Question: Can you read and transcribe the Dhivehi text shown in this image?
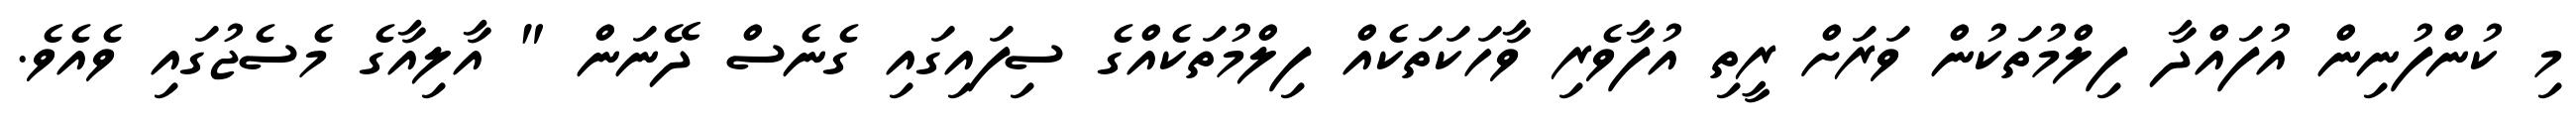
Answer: މި ކުންފުނިން އުފައްދާ ފިލްމުތަކުން ވަރަށް ރީތި އުފާވެރި ވާހަކަތަކެއް ފިލްމުތަކެއްގެ ސިފައިގައި ގެނެސް ދޭނަން " އާލިއާގެ މެސެޖުގައި ވެއެވެ.